Indian journal of veterinary science and animal husbandry - Volume 9,
Year: 1939
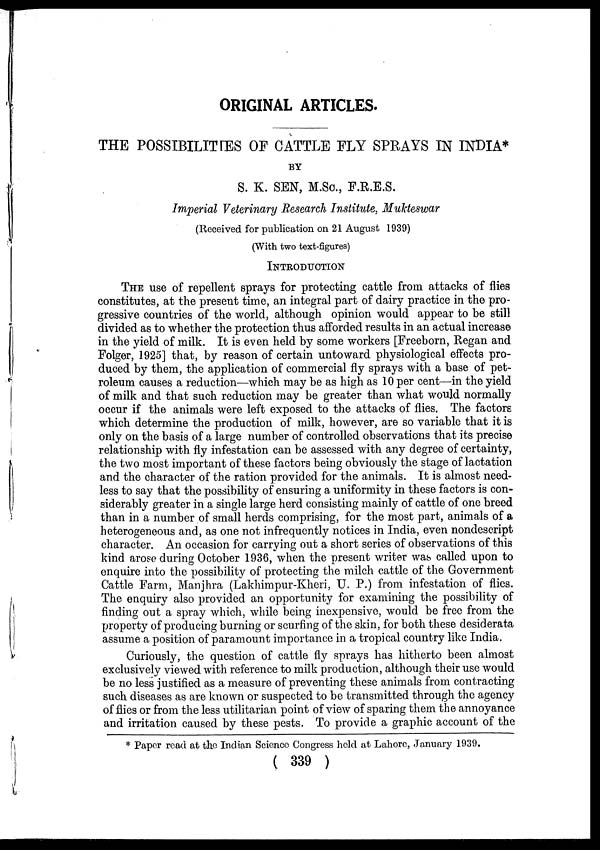
ORIGINAL ARTICLES.
THE POSSIBILITIES OF CATTLE FLY SPRAYS IN INDIA*
BY
S. K. SEN, M.Sc., F.R.E.S.
Imperial Veterinary Research Institute, Mukteswar
(Received for publication on 21 August 1939)
(With two text-figures)
INTRODUCTION
THE use of repellent sprays for protecting cattle from attacks of flies
constitutes, at the present time, an integral part of dairy practice in the pro-
gressive countries of the world, although opinion would appear to be still
divided as to whether the protection thus afforded results in an actual increase
in the yield of milk. It is even held by some workers [Freeborn, Regan and
Folger, 1925] that, by reason of certain untoward physiological effects pro-
duced by them, the application of commercial fly sprays with a base of pet-
roleum causes a reduction—which may be as high as 10 per cent—in the yield
of milk and that such reduction may be greater than what would normally
occur if the animals were left exposed to the attacks of flies. The factors
which determine the production of milk, however, are so variable that it is
only on the basis of a large number of controlled observations that its precise
relationship with fly infestation can be assessed with any degree of certainty,
the two most important of these factors being obviously the stage of lactation
and the character of the ration provided for the animals. It is almost need-
less to say that the possibility of ensuring a uniformity in these factors is con-
siderably greater in a single large herd consisting mainly of cattle of one breed
than in a number of small herds comprising, for the most part, animals of a
heterogeneous and, as one not infrequently notices in India, even nondescript
character. An occasion for carrying out a short series of observations of this
kind arose during October 1936, when the present writer was called upon to
enquire into the possibility of protecting the milch cattle of the Government
Cattle Farm, Manjhra (Lakhimpur-Kheri, U. P.) from infestation of flies.
The enquiry also provided an opportunity for examining the possibility of
finding out a spray which, while being inexpensive, would be free from the
property of producing burning or scurfing of the skin, for both these desiderata
assume a position of paramount importance in a tropical country like India.
Curiously, the question of cattle fly sprays has hitherto been almost
exclusively viewed with reference to milk production, although their use would
be no less justified as a measure of preventing these animals from contracting
such diseases as are known or suspected to be transmitted through the agency
of flies or from the less utilitarian point of view of sparing them the annoyance
and irritation caused by these pests. To provide a graphic account of the
* Paper read at the Indian Science Congress held at Lahore, January 1939.
( 339 )